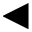
\blacktriangleleft